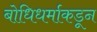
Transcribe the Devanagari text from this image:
बोधिधर्माकडून